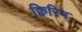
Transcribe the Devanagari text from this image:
क्विरिन